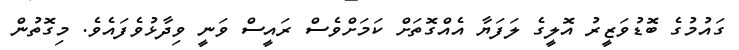
ގައުމުގެ ބޮޑުވަޒީރު އޮލީގެ ލަފަޔާ އެއްގޮތަށް ކަމަށްވެސް ރައީސް ވަނީ ވިދާޅުވެފައެވެ. މިގޮތުން